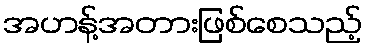
အဟန့်အတားဖြစ်စေသည့်